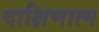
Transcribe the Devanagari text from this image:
दाक्षिणात्म